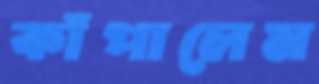
কাঁপালেম